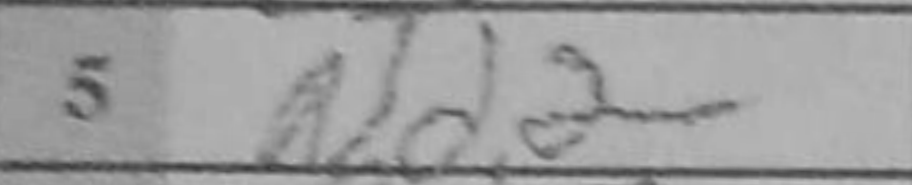
Transcription: Nd2